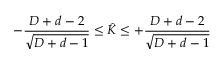
- \frac { D + d - 2 } { \sqrt { D + d - 1 } } \leq \hat { K } \leq + \frac { D + d - 2 } { \sqrt { D + d - 1 } }